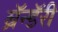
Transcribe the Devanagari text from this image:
ब्रॅन्डॅरी